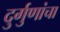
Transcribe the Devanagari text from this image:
दुर्गुणांचा